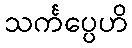
သင်္ကပ္ပေဟိ